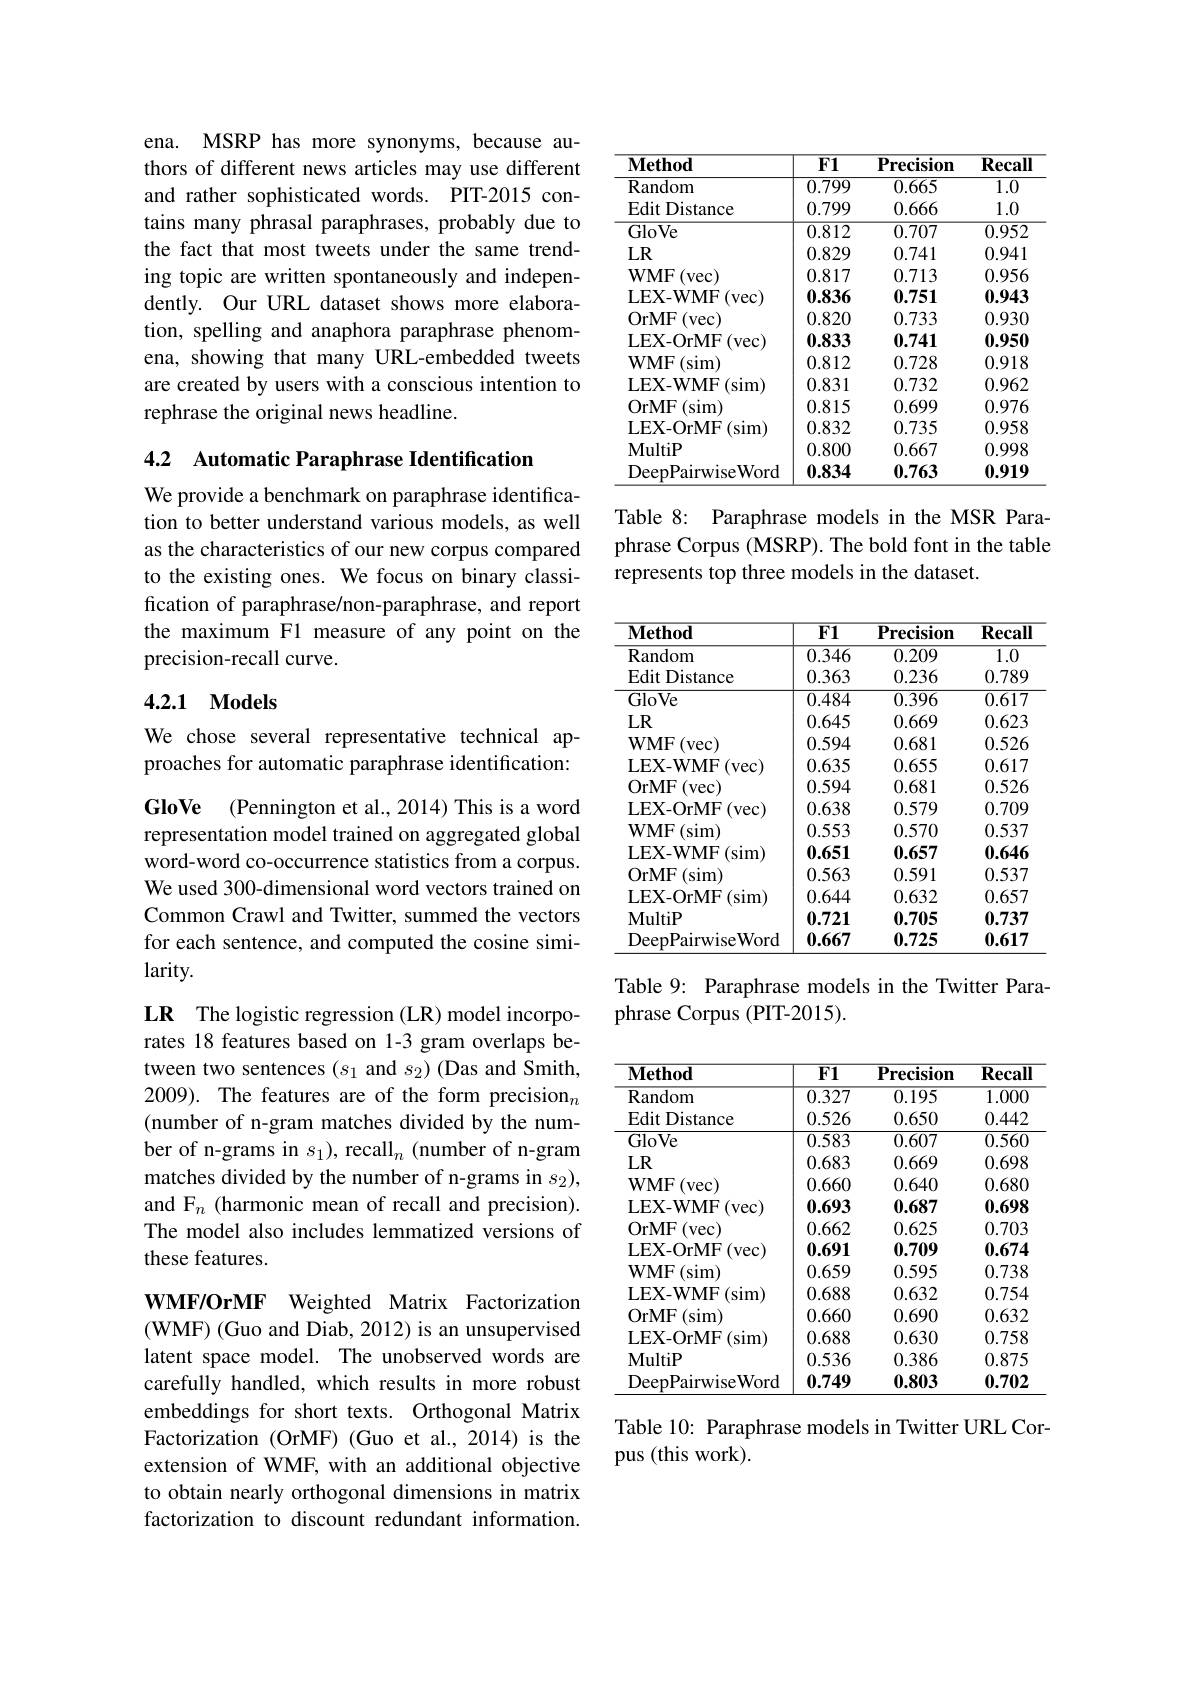
ena. MSRP has more synonyms, because authors of different news articles may use different and rather sophisticated words. PIT-2015 contains many phrasal paraphrases, probably due to the fact that most tweets under the same trending topic are written spontaneously and independently. Our URL dataset shows more elaboration, spelling and anaphora paraphrase phenomena, showing that many URL-embedded tweets are created by users with a conscious intention to rephrase the original news headline.

4.2 Automatic Paraphrase Identification

We provide a benchmark on paraphrase identification to better understand various models, as well as the characteristics of our new corpus compared to the existing ones. We focus on binary classification of paraphrase/non-paraphrase, and report the maximum F1 measure of any point on the precision-recall curve.

### 4.2.1 Models

We chose several representative technical approaches for automatic paraphrase identification:

GloVe (Pennington et al., 2014) This is a word representation model trained on aggregated global word-word co-occurrence statistics from a corpus. We used 300-dimensional word vectors trained on Common Crawl and Twitter, summed the vectors for each sentence, and computed the cosine similarity.

LR The logistic regression (LR) model incorporates 18 features based on 1-3 gram overlaps between two sentences $(s_1$ and $s_2)$ (Das and Smith, 2009). The features are of the form precision (number of n-gram matches divided by the number of n-grams in $s_1)$, recall$_n$ (number of n-gram matches divided by the number of n-grams in $s_2)$, and F$_n$ (harmonic mean of recall and precision). The model also includes lemmatized versions of these features.

WMF/OrMF Weighted Matrix Factorization (WMF) (Guo and Diab, 2012) is an unsupervised latent space model. The unobserved words are carefully handled, which results in more robust embeddings for short texts. Orthogonal Matrix Factorization (OrMF) (Guo et al., 2014) is the extension of WMF, with an additional objective to obtain nearly orthogonal dimensions in matrix factorization to discount redundant information.

<table>
	<tbody>
		<tr>
			<th>$\mathbf{Method}$</th>
			<th>$\overline{\mathbf{F1}}$</th>
			<th>$\mathbf{Precision}$</th>
			<th>$\mathbf{Recall}$</th>
		</tr>
		<tr>
			<td>Random</td>
			<td>0.799</td>
			<td>0.665</td>
			<td>$\overline{1.0}$</td>
		</tr>
		<tr>
			<td>Edit Distance</td>
			<td>0.799</td>
			<td>0.666</td>
			<td>1.0</td>
		</tr>
		<tr>
			<td>GloVe</td>
			<td>0.812</td>
			<td>0.707</td>
			<td>0.952</td>
		</tr>
		<tr>
			<td>$LR$</td>
			<td>0.829</td>
			<td>0.741</td>
			<td>0.941</td>
		</tr>
		<tr>
			<td>$\mathbf{WMF}$ (vec) </td>
			<td>0.817</td>
			<td>0.713</td>
			<td>0.956</td>
		</tr>
		<tr>
			<td>LEX-WMF (vec)</td>
			<td>0.836</td>
			<td>0.751</td>
			<td>0.943</td>
		</tr>
		<tr>
			<td>OrMF (vec)</td>
			<td>0.820</td>
			<td>0.733</td>
			<td>0.930</td>
		</tr>
		<tr>
			<td>LEX-OrMF (vec)</td>
			<td>0.833</td>
			<td>0.741</td>
			<td>0.950</td>
		</tr>
		<tr>
			<td>$WMF$ (sim)</td>
			<td>0.812</td>
			<td>0.728</td>
			<td>0.918</td>
		</tr>
		<tr>
			<td>LEX- WMF (sim)</td>
			<td>0.831</td>
			<td>0.732</td>
			<td>0.962</td>
		</tr>
		<tr>
			<td>OrMF (sim)</td>
			<td>0.815</td>
			<td>0.699</td>
			<td>0.976</td>
		</tr>
		<tr>
			<td>LEX-OrMF (sim)</td>
			<td>0.832</td>
			<td>0.735</td>
			<td>0.958</td>
		</tr>
		<tr>
			<td>$\mathbf{MultiP}$</td>
			<td>0.800</td>
			<td>0.667</td>
			<td>0.998</td>
		</tr>
		<tr>
			<td>DeepPairwiseWord</td>
			<td>0.834</td>
			<td>0.763</td>
			<td>0.919</td>
		</tr>
	</tbody>
</table>

Table 8: Paraphrase models in the MSR Paraphrase Corpus (MSRP). The bold font in the table represents top three models in the dataset.

<table>
	<tbody>
		<tr>
			<th>$\mathbf{Method}$</th>
			<th>$\overline{\mathbf{F}1}$</th>
			<th>$\mathbf{Precision}$</th>
			<th>$\mathbf{Recall}$</th>
		</tr>
		<tr>
			<td>Random</td>
			<td>0.346</td>
			<td>0.209</td>
			<td>$\overline{1.0}$</td>
		</tr>
		<tr>
			<td>Edit Distance</td>
			<td>0.363</td>
			<td>0.236</td>
			<td>0.789</td>
		</tr>
		<tr>
			<td>GloVe</td>
			<td>0.484</td>
			<td>0.396</td>
			<td>0.617</td>
		</tr>
		<tr>
			<td>$LR$</td>
			<td>0.645</td>
			<td>0.669</td>
			<td>0.623</td>
		</tr>
		<tr>
			<td>$\mathbf{WMF}$ (vec)</td>
			<td>0.594</td>
			<td>0.681</td>
			<td>0.526</td>
		</tr>
		<tr>
			<td>LEX-WMF ${\boldsymbol{F}}\left(\mathrm{vec}\right)$</td>
			<td>0.635</td>
			<td>0.655</td>
			<td>0.617</td>
		</tr>
		<tr>
			<td>OrMF (vec)</td>
			<td>0.594</td>
			<td>0.681</td>
			<td>0.526</td>
		</tr>
		<tr>
			<td>LEX-OrMF (vec)</td>
			<td>0.638</td>
			<td>0.579</td>
			<td>0.709</td>
		</tr>
		<tr>
			<td>$WMF$ (sim)</td>
			<td>0.553</td>
			<td>0.570</td>
			<td>0.537</td>
		</tr>
		<tr>
			<td>LEX- WMF (sim)</td>
			<td>0.651</td>
			<td>0.657</td>
			<td>0.646</td>
		</tr>
		<tr>
			<td>OrMF (sim)</td>
			<td>0.563</td>
			<td>0.591</td>
			<td>0.537</td>
		</tr>
		<tr>
			<td>LEX-OrMF (sim)</td>
			<td>0.644</td>
			<td>0.632</td>
			<td>0.657</td>
		</tr>
		<tr>
			<td>$\mathbf{MultiP}$</td>
			<td>0.721</td>
			<td>0.705</td>
			<td>0.737</td>
		</tr>
		<tr>
			<td>DeepPairwiseWord</td>
			<td>0.667</td>
			<td>0.725</td>
			<td>0.617</td>
		</tr>
	</tbody>
</table>

Table 9: Paraphrase models in the Twitter Para-
phrase Corpus (PIT-2015).

<table>
	<tbody>
		<tr>
			<th>$\mathbf{Method}$</th>
			<th>$\overline{\mathbf{F1}}$</th>
			<th>$\mathbf{Precision}$</th>
			<th>Recall</th>
		</tr>
		<tr>
			<td>Random</td>
			<td>0.327</td>
			<td>0.195</td>
			<td>1.000</td>
		</tr>
		<tr>
			<td>Edit Distance</td>
			<td>0.526</td>
			<td>0.650</td>
			<td>0.442</td>
		</tr>
		<tr>
			<td>GloVe</td>
			<td>0.583</td>
			<td>0.607</td>
			<td>0.560</td>
		</tr>
		<tr>
			<td>$LR$</td>
			<td>0.683</td>
			<td>0.669</td>
			<td>0.698</td>
		</tr>
		<tr>
			<td>$\mathbf{WMF}$ (vec) 1</td>
			<td>0.660</td>
			<td>0.640</td>
			<td>0.680</td>
		</tr>
		<tr>
			<td>LEX-WMF 7(vec)</td>
			<td>0.693</td>
			<td>0.687</td>
			<td>0.698</td>
		</tr>
		<tr>
			<td>OrMF (vec)</td>
			<td>0.662</td>
			<td>0.625</td>
			<td>0.703</td>
		</tr>
		<tr>
			<td>LEX-OrMF (vec)</td>
			<td>0.691</td>
			<td>0.709</td>
			<td>0.674</td>
		</tr>
		<tr>
			<td>$WMF$ (sim)</td>
			<td>0.659</td>
			<td>0.595</td>
			<td>0.738</td>
		</tr>
		<tr>
			<td>LEX- WMF (sim)</td>
			<td>0.688</td>
			<td>0.632</td>
			<td>0.754</td>
		</tr>
		<tr>
			<td>OrMF (sim)</td>
			<td>0.660</td>
			<td>0.690</td>
			<td>0.632</td>
		</tr>
		<tr>
			<td>LEX-OrMF (sim)</td>
			<td>0.688</td>
			<td>0.630</td>
			<td>0.758</td>
		</tr>
		<tr>
			<td>$\mathbf{MultiP}$</td>
			<td>0.536</td>
			<td>0.386</td>
			<td>0.875</td>
		</tr>
		<tr>
			<td>DeepPairwiseWord</td>
			<td>0.749</td>
			<td>0.803</td>
			<td>0.702</td>
		</tr>
	</tbody>
</table>

Table 10: Paraphrase models in Twitter URL Cor-
pus (this work).